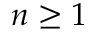
n \geq 1